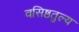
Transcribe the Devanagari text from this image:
वसिष्ठतुल्य